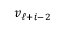
v _ { \ell + i - 2 }